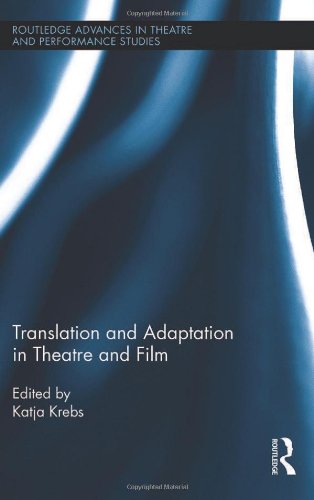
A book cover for Translation and Adaptation in Theatre and Film (Routledge Advances in Theatre & Performance Studies); Humor & Entertainment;